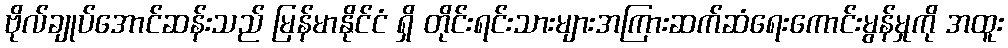
ဗိုလ်ချုပ်အောင်ဆန်းသည် မြန်မာနိုင်ငံ ရှိ တိုင်းရင်းသားများအကြားဆက်ဆံရေးကောင်းမွန်မှုကို အထူး